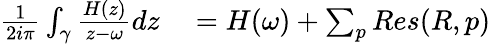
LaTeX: \begin{array}{r}{\begin{array}{rl}{\frac{1}{2i\pi}\int_{\gamma}\frac{H(z)}{z-\omega}dz}&{{}=H(\omega)+\sum_{p}Res(R,p)}\end{array}}\end{array}